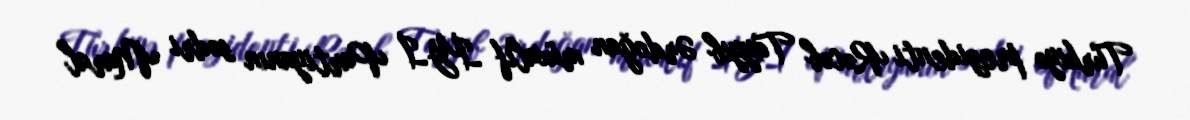
Türkiyə prezidenti Rəcəb Tayyib Ərdoğan müxalif İYİ Partiyanın sədri Maral